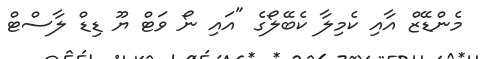
މެންޑޭޒް އާއި ކެމިލާ ކެބޭލޯގެ "އައި ނޯ ވަޓް ޔޫ ޑިޑް ލާސްޓް